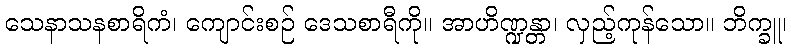
သေနာသနစာရိကံ၊ ကျောင်းစဉ် ဒေသစာရီကို။ အာဟိဏ္ဍန္တာ၊ လှည့်ကုန်သော။ ဘိက္ခူ၊